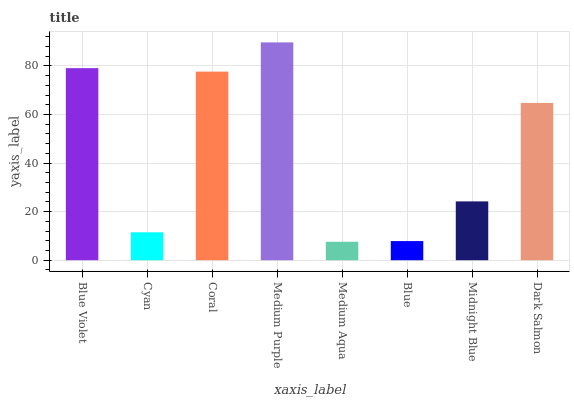
| xaxis_label | bars |
 | --- | --- |
 | Blue Violet | 79.1 |
 | Cyan | 11.5 |
 | Coral | 77.6 |
 | Medium Purple | 89.7 |
 | Medium Aqua | 7.6 |
 | Blue | 7.89 |
 | Midnight Blue | 24.2 |
 | Dark Salmon | 64.8 |